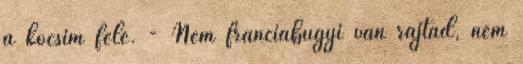
a kocsim felé. - Nem franciabugyi van rajtad, nem